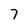
Character: 7